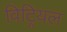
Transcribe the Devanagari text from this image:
विट्रियल